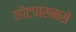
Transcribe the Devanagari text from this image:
मोंटपारनासे